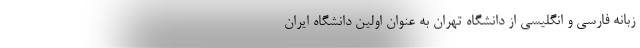
زبانه فارسی و انگلیسی از دانشگاه تهران به عنوان اولین دانشگاه ایران